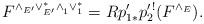
LaTeX: \begin{align*}F^{\wedge_{E'}\vee^*_{E'}\wedge^{}_1\vee^{*}_{1} } =Rp'_{1*}p^{\prime \,!}_{2} (F^{\wedge_E}).\end{align*}